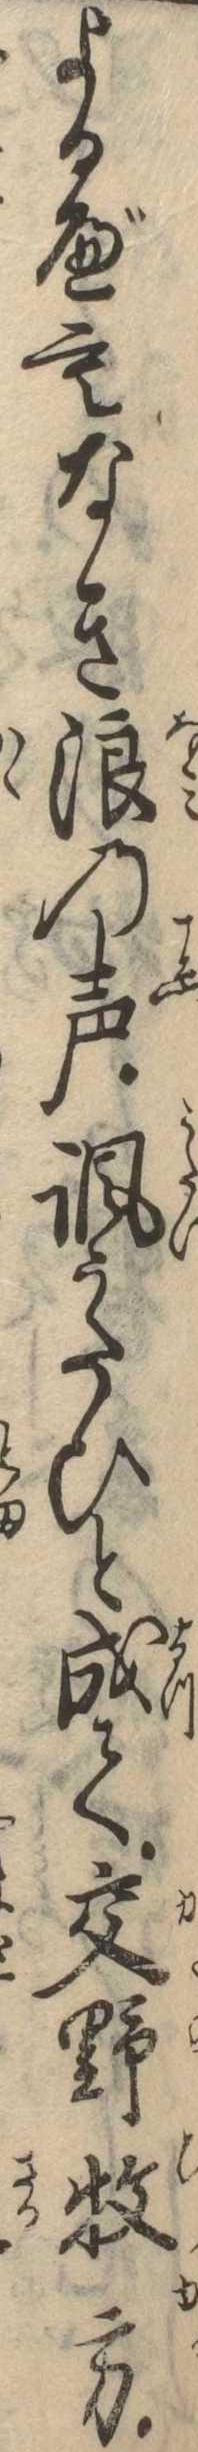
よるべもなき浪の声諷うたひと成て交野牧方